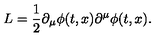
L = { \frac { 1 } { 2 } } \partial _ { \mu } \phi ( t , x ) \partial ^ { \mu } \phi ( t , x ) .